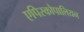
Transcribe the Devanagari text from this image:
एपिस्कोपालियन